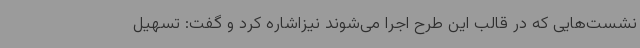
نشست‌هایی که در قالب این طرح اجرا می‌شوند نیزاشاره کرد و گفت: تسهیل